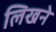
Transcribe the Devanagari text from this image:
लिखने